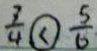
\frac { 3 } { 4 } \textcircled { < } \frac { 5 } { 6 }